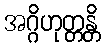
အဂ္ဂိဟုတ္တန္တိ